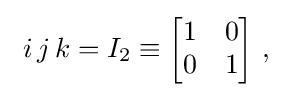
~i\,j\,k=I_{2}\equiv {\begin{bmatrix}1&0\\0&1\end{bmatrix}}~,~